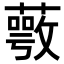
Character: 𦽺